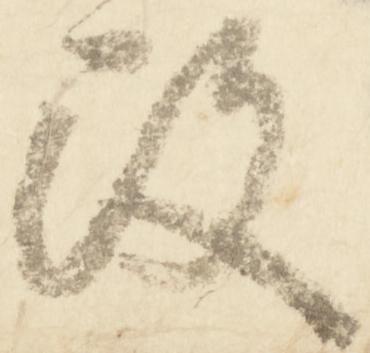
改